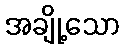
အချို့သော